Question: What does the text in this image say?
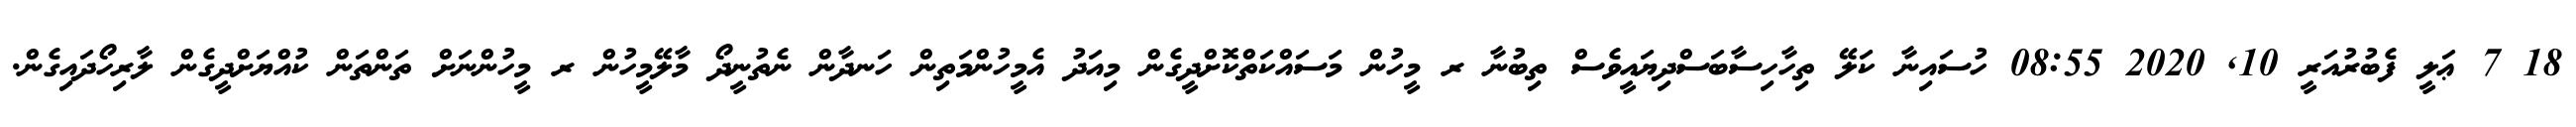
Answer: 18 7 ޢަލީ ފެބުރުއަރީ 10, 2020 08:55 ހުސައިނާ ކަލޭ ތިހާހިސާބަސްދިޔައީވެސް ތިބުނާ ރ މީހުން މަސައްކަތްކޮށްދީގެން މިއަދު އެމީހުންމަތިން ހަނދާން ނެތުނީދޯ މާލޭމީހުން ރ މީހުންނަށް ތަންތަން ކުއްޔަށްދީގެން ލާރިހޯދައިގެން.